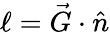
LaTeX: \ell=\vec{G}\cdot\hat{n}